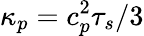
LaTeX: \kappa_{p}=c_{p}^{2}\tau_{s}/3